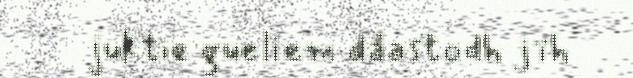
juktie gueliem dåastodh jïh